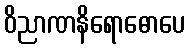
ဝိညာဏနိရောဓောပေ